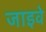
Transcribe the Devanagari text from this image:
जाइवे